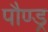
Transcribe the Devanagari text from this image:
पौण्ड्र